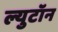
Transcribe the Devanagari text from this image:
ल्युटॉन